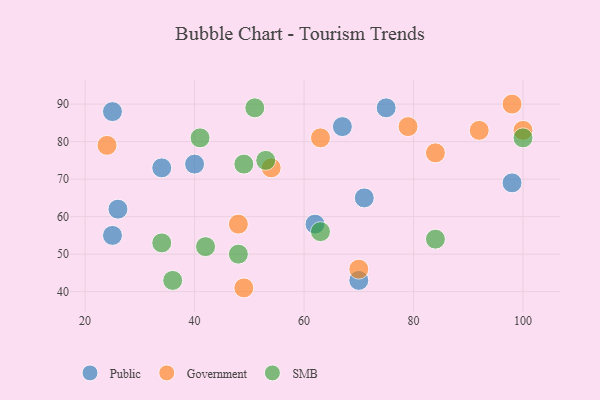
{"axis": {"x": "GDP", "y": "Life Expectancy"}, "legend": ["Government", "Public", "SMB"], "data": [{"x": "40", "y": 74, "type": "Public"}, {"x": "26", "y": 62, "type": "Public"}, {"x": "62", "y": 58, "type": "Public"}, {"x": "34", "y": 73, "type": "Public"}, {"x": "25", "y": 88, "type": "Public"}, {"x": "75", "y": 89, "type": "Public"}, {"x": "70", "y": 43, "type": "Public"}, {"x": "25", "y": 55, "type": "Public"}, {"x": "71", "y": 65, "type": "Public"}, {"x": "98", "y": 69, "type": "Public"}, {"x": "67", "y": 84, "type": "Public"}, {"x": "54", "y": 73, "type": "Government"}, {"x": "84", "y": 77, "type": "Government"}, {"x": "63", "y": 81, "type": "Government"}, {"x": "98", "y": 90, "type": "Government"}, {"x": "49", "y": 41, "type": "Government"}, {"x": "48", "y": 58, "type": "Government"}, {"x": "100", "y": 83, "type": "Government"}, {"x": "70", "y": 46, "type": "Government"}, {"x": "79", "y": 84, "type": "Government"}, {"x": "24", "y": 79, "type": "Government"}, {"x": "92", "y": 83, "type": "Government"}, {"x": "34", "y": 53, "type": "SMB"}, {"x": "42", "y": 52, "type": "SMB"}, {"x": "49", "y": 74, "type": "SMB"}, {"x": "84", "y": 54, "type": "SMB"}, {"x": "53", "y": 75, "type": "SMB"}, {"x": "48", "y": 50, "type": "SMB"}, {"x": "51", "y": 89, "type": "SMB"}, {"x": "100", "y": 81, "type": "SMB"}, {"x": "63", "y": 56, "type": "SMB"}, {"x": "36", "y": 43, "type": "SMB"}, {"x": "41", "y": 81, "type": "SMB"}]}